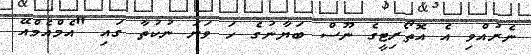
ނެރުއްވި އެ އޮތޯރިޓީގެ ނޫސް ބަޔާނުގެ ހަ ވަނަ ނުކުތާ ގައި "އެމްއެމްއޭ